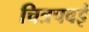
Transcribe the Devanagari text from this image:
चित्रपवई